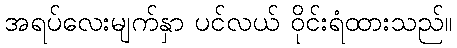
အရပ်လေးမျက်နှာ ပင်လယ် ဝိုင်းရံထားသည်။